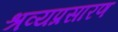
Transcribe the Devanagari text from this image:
श्रव्यप्रसारण